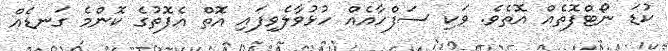
ކުޑަ ނޯޓްފޮތެއް އޮތެވެ. ވަކި ސަފްހާއެއް ހުޅުވާލެވިފައި އޮތް އެފޮތުގެ ކޮންމެ ގަނޑެއް